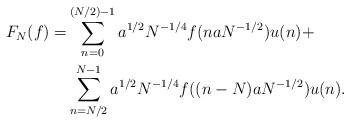
LaTeX: \begin{align*}F_{N}(f) = & \sum_{n=0}^{(N/2)-1}a^{1/2}N^{-1/4}f(naN^{-1/2})u(n)+\\ & \sum_{n=N/2}^{N-1}a^{1/2}N^{-1/4}f((n-N)aN^{-1/2})u(n).\end{align*}